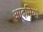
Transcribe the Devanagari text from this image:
आदमियां